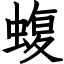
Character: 蝮